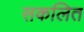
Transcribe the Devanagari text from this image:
सकलित